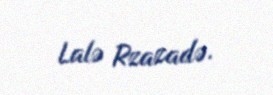
Lalə Rzazadə.